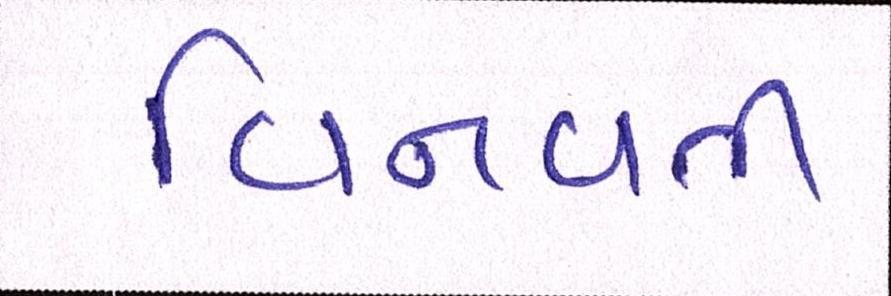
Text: વિનવતી